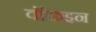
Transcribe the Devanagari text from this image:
वॉकइन